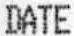
DATE